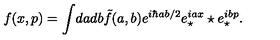
f ( x , p ) = \int \! d a d b \tilde { f } ( a , b ) e ^ { i \hbar a b / 2 } e _ { \star } ^ { i a x } \star e _ { \star } ^ { i b p } .